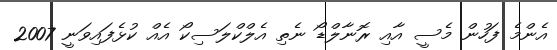
އެންމެ ފަހުން މެސީ އާއި ރޮނާލްޑޯ ނެތި އެލްކްލަސިކޯ އެއް ކުޅެފައިވަނީ 2007